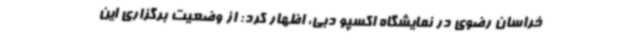
خراسان رضوی در نمایشگاه اکسپو دبی، اظهار کرد: از وضعیت برگزاری این